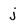
Character: j